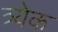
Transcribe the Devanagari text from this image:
त्र्येक